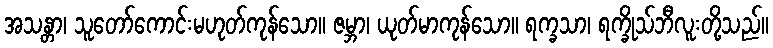
အသန္တာ၊ သူတော်ကောင်းမဟုတ်ကုန်သော။ ဇမ္ဘာ၊ ယုတ်မာကုန်သော။ ရက္ခသာ၊ ရက္ခိုသ်ဘီလူးတို့သည်။